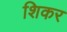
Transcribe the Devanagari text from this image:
शिकर